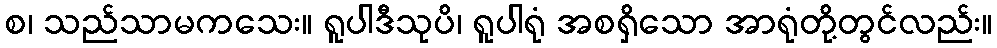
စ၊ သည်သာမကသေး။ ရူပါဒီသုပိ၊ ရူပါရုံ အစရှိသော အာရုံတို့တွင်လည်း။